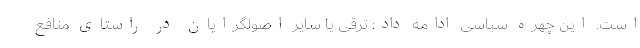
است. این چهره سیاسی ادامه داد: ترقی یا سایر اصولگرایان در راستای منافع